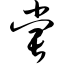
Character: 尝